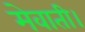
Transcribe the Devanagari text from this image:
मेवाती।